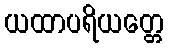
ယထာပရိယတ္တေ